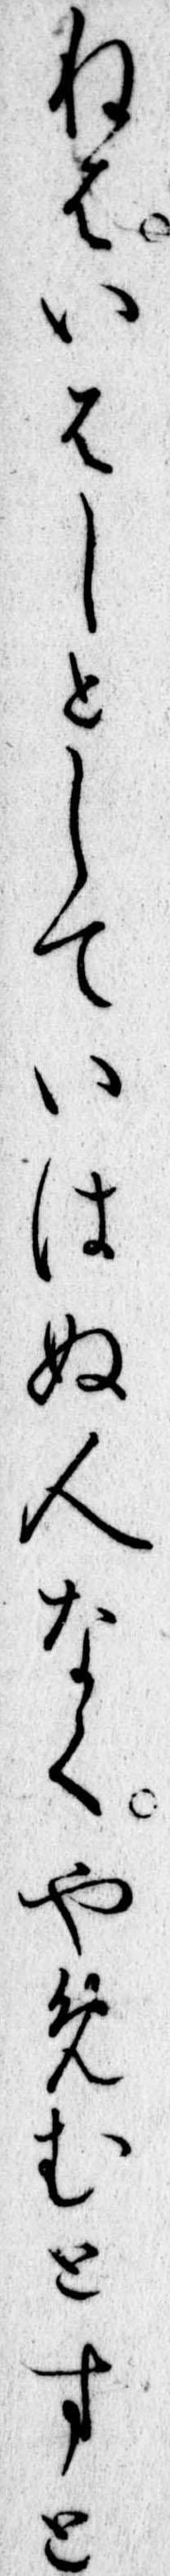
ねはいはしとしていはぬ人なくやめむとすと